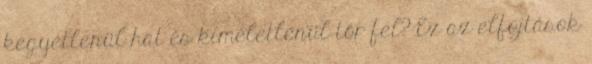
kegyetlenül hat és kíméletlenül tőr fel? Ez az elfojtások